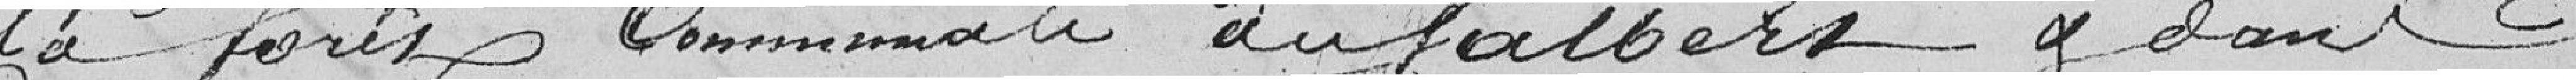
la forêt Communale du Salbert et dans